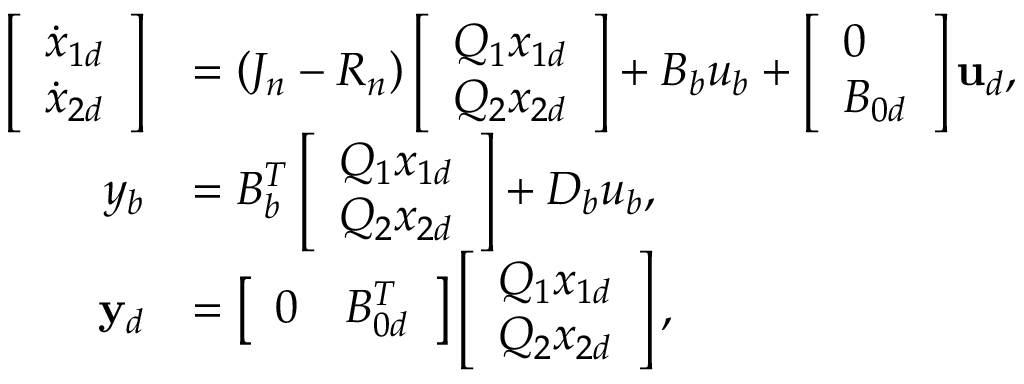
\begin{array} { r l } { \left[ \begin{array} { l } { \dot { x } _ { 1 d } } \\ { \dot { x } _ { 2 d } } \end{array} \right] } & { = \left( J _ { n } - R _ { n } \right) \left[ \begin{array} { l } { Q _ { 1 } x _ { 1 d } } \\ { Q _ { 2 } x _ { 2 d } } \end{array} \right] + B _ { b } u _ { b } + \left[ \begin{array} { l } { 0 } \\ { B _ { 0 d } } \end{array} \right] \mathbf { u } _ { d } , } \\ { y _ { b } } & { = B _ { b } ^ { T } \left[ \begin{array} { l } { Q _ { 1 } x _ { 1 d } } \\ { Q _ { 2 } x _ { 2 d } } \end{array} \right] + D _ { b } u _ { b } , } \\ { \mathbf { y } _ { d } } & { = \left[ \begin{array} { l l } { 0 } & { B _ { 0 d } ^ { T } } \end{array} \right] \left[ \begin{array} { l } { Q _ { 1 } x _ { 1 d } } \\ { Q _ { 2 } x _ { 2 d } } \end{array} \right] , } \end{array}